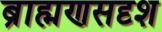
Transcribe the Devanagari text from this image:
ब्राह्मणसदृश